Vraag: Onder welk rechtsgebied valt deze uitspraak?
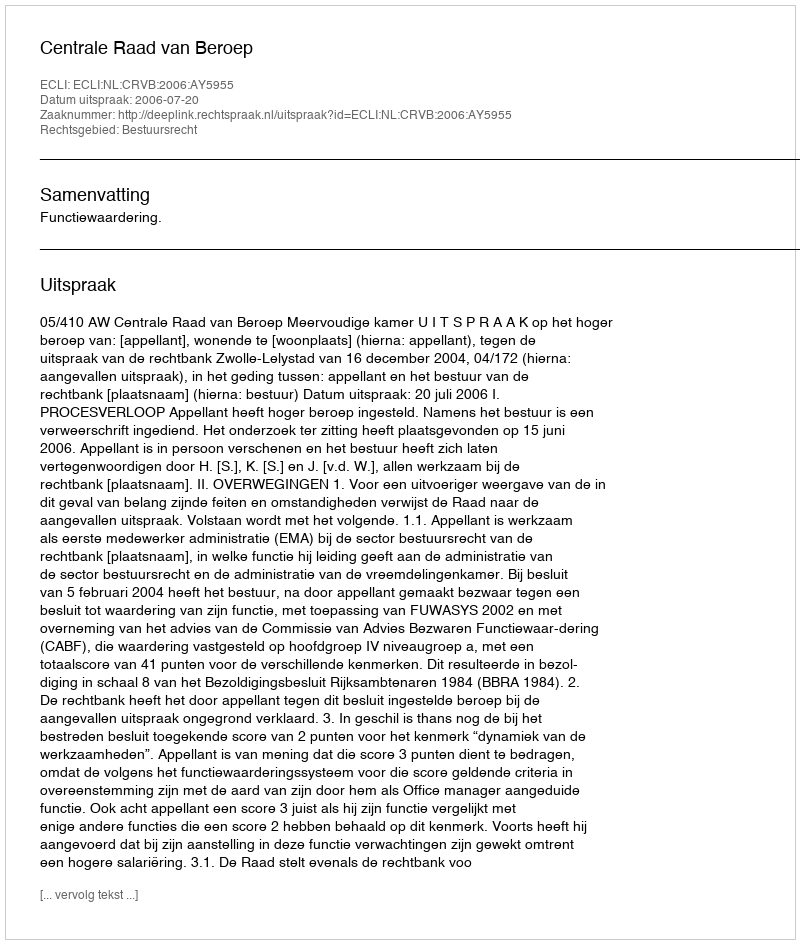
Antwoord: Bestuursrecht